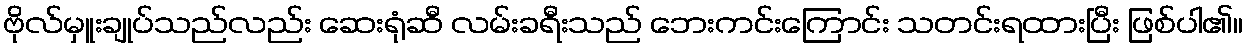
ဗိုလ်မှူးချုပ်သည်လည်း ဆေးရုံဆီ လမ်းခရီးသည် ဘေးကင်းကြောင်း သတင်းရထားပြီး ဖြစ်ပါ၏။